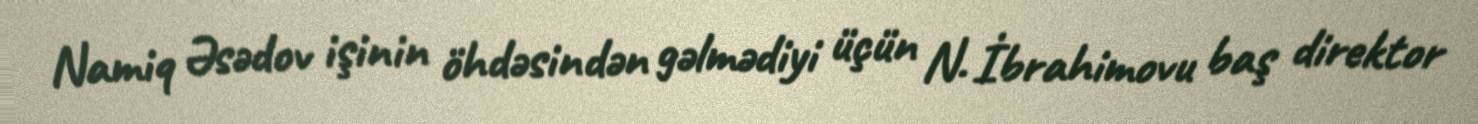
Namiq Əsədov işinin öhdəsindən gəlmədiyi üçün N. İbrahimovu baş direktor